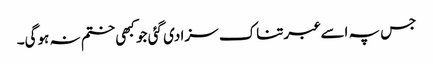
جس پہ اسے عبرتناک سزا دی گئی جو کبھی ختم نہ ہوگی۔